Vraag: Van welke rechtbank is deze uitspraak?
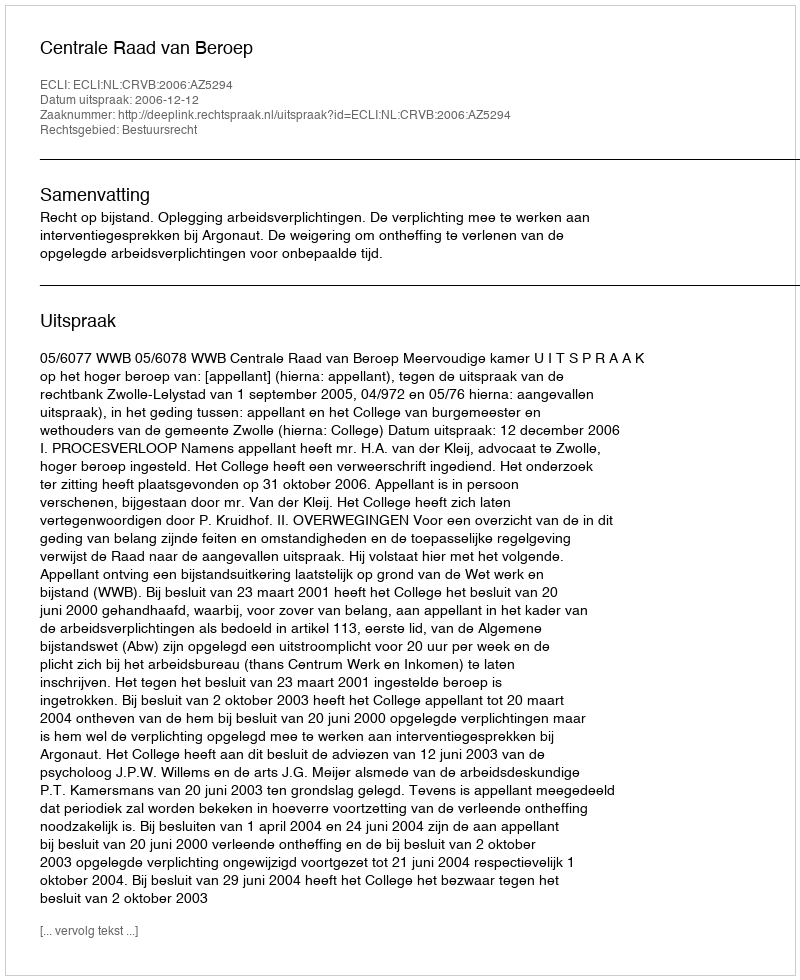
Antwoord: Centrale Raad van Beroep